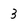
Character: 3